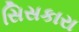
સિસકારા